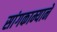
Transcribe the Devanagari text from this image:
सांगकाम्याने